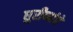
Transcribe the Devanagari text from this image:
धुरीणांचे